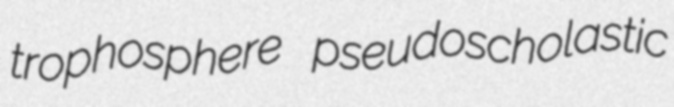
trophosphere pseudoscholastic